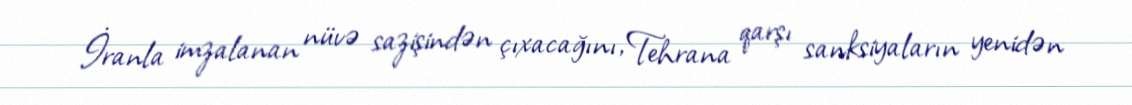
İranla imzalanan nüvə sazişindən çıxacağını, Tehrana qarşı sanksiyaların yenidən